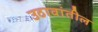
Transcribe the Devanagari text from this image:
उठावांतील